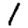
Digit: 1